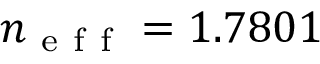
n _ { \mathrm { ~ e ~ f ~ f ~ } } = 1 . 7 8 0 1